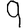
Digit: 9